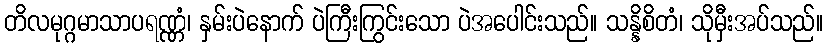
တိလမုဂ္ဂမာသာပရဏ္ဏံ၊ နှမ်းပဲနောက် ပဲကြီးကြွင်းသော ပဲအပေါင်းသည်။ သန္နိစိတံ၊ သိုမှီးအပ်သည်။